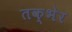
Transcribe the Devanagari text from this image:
तक्भेर